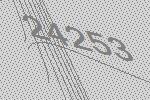
24253